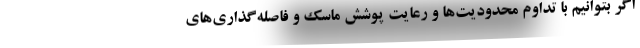
اگر بتوانیم با تداوم محدودیت‌ها و رعایت پوشش ماسک و فاصله‌گذاری‌های